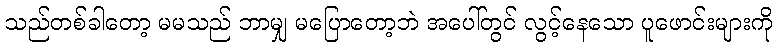
သည်တစ်ခါတော့ မမသည် ဘာမျှ မပြောတော့ဘဲ အပေါ်တွင် လွင့်နေသော ပူဖောင်းများကို